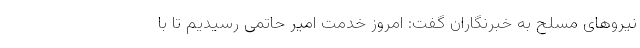
نیروهای مسلح به خبرنگاران گفت: امروز خدمت امیر حاتمی رسیدیم تا با